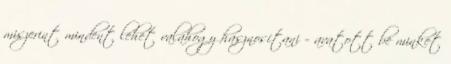
miszerint mindent lehet valahogy hasznosítani – avatott be minket